Riigikantselei, lk 27
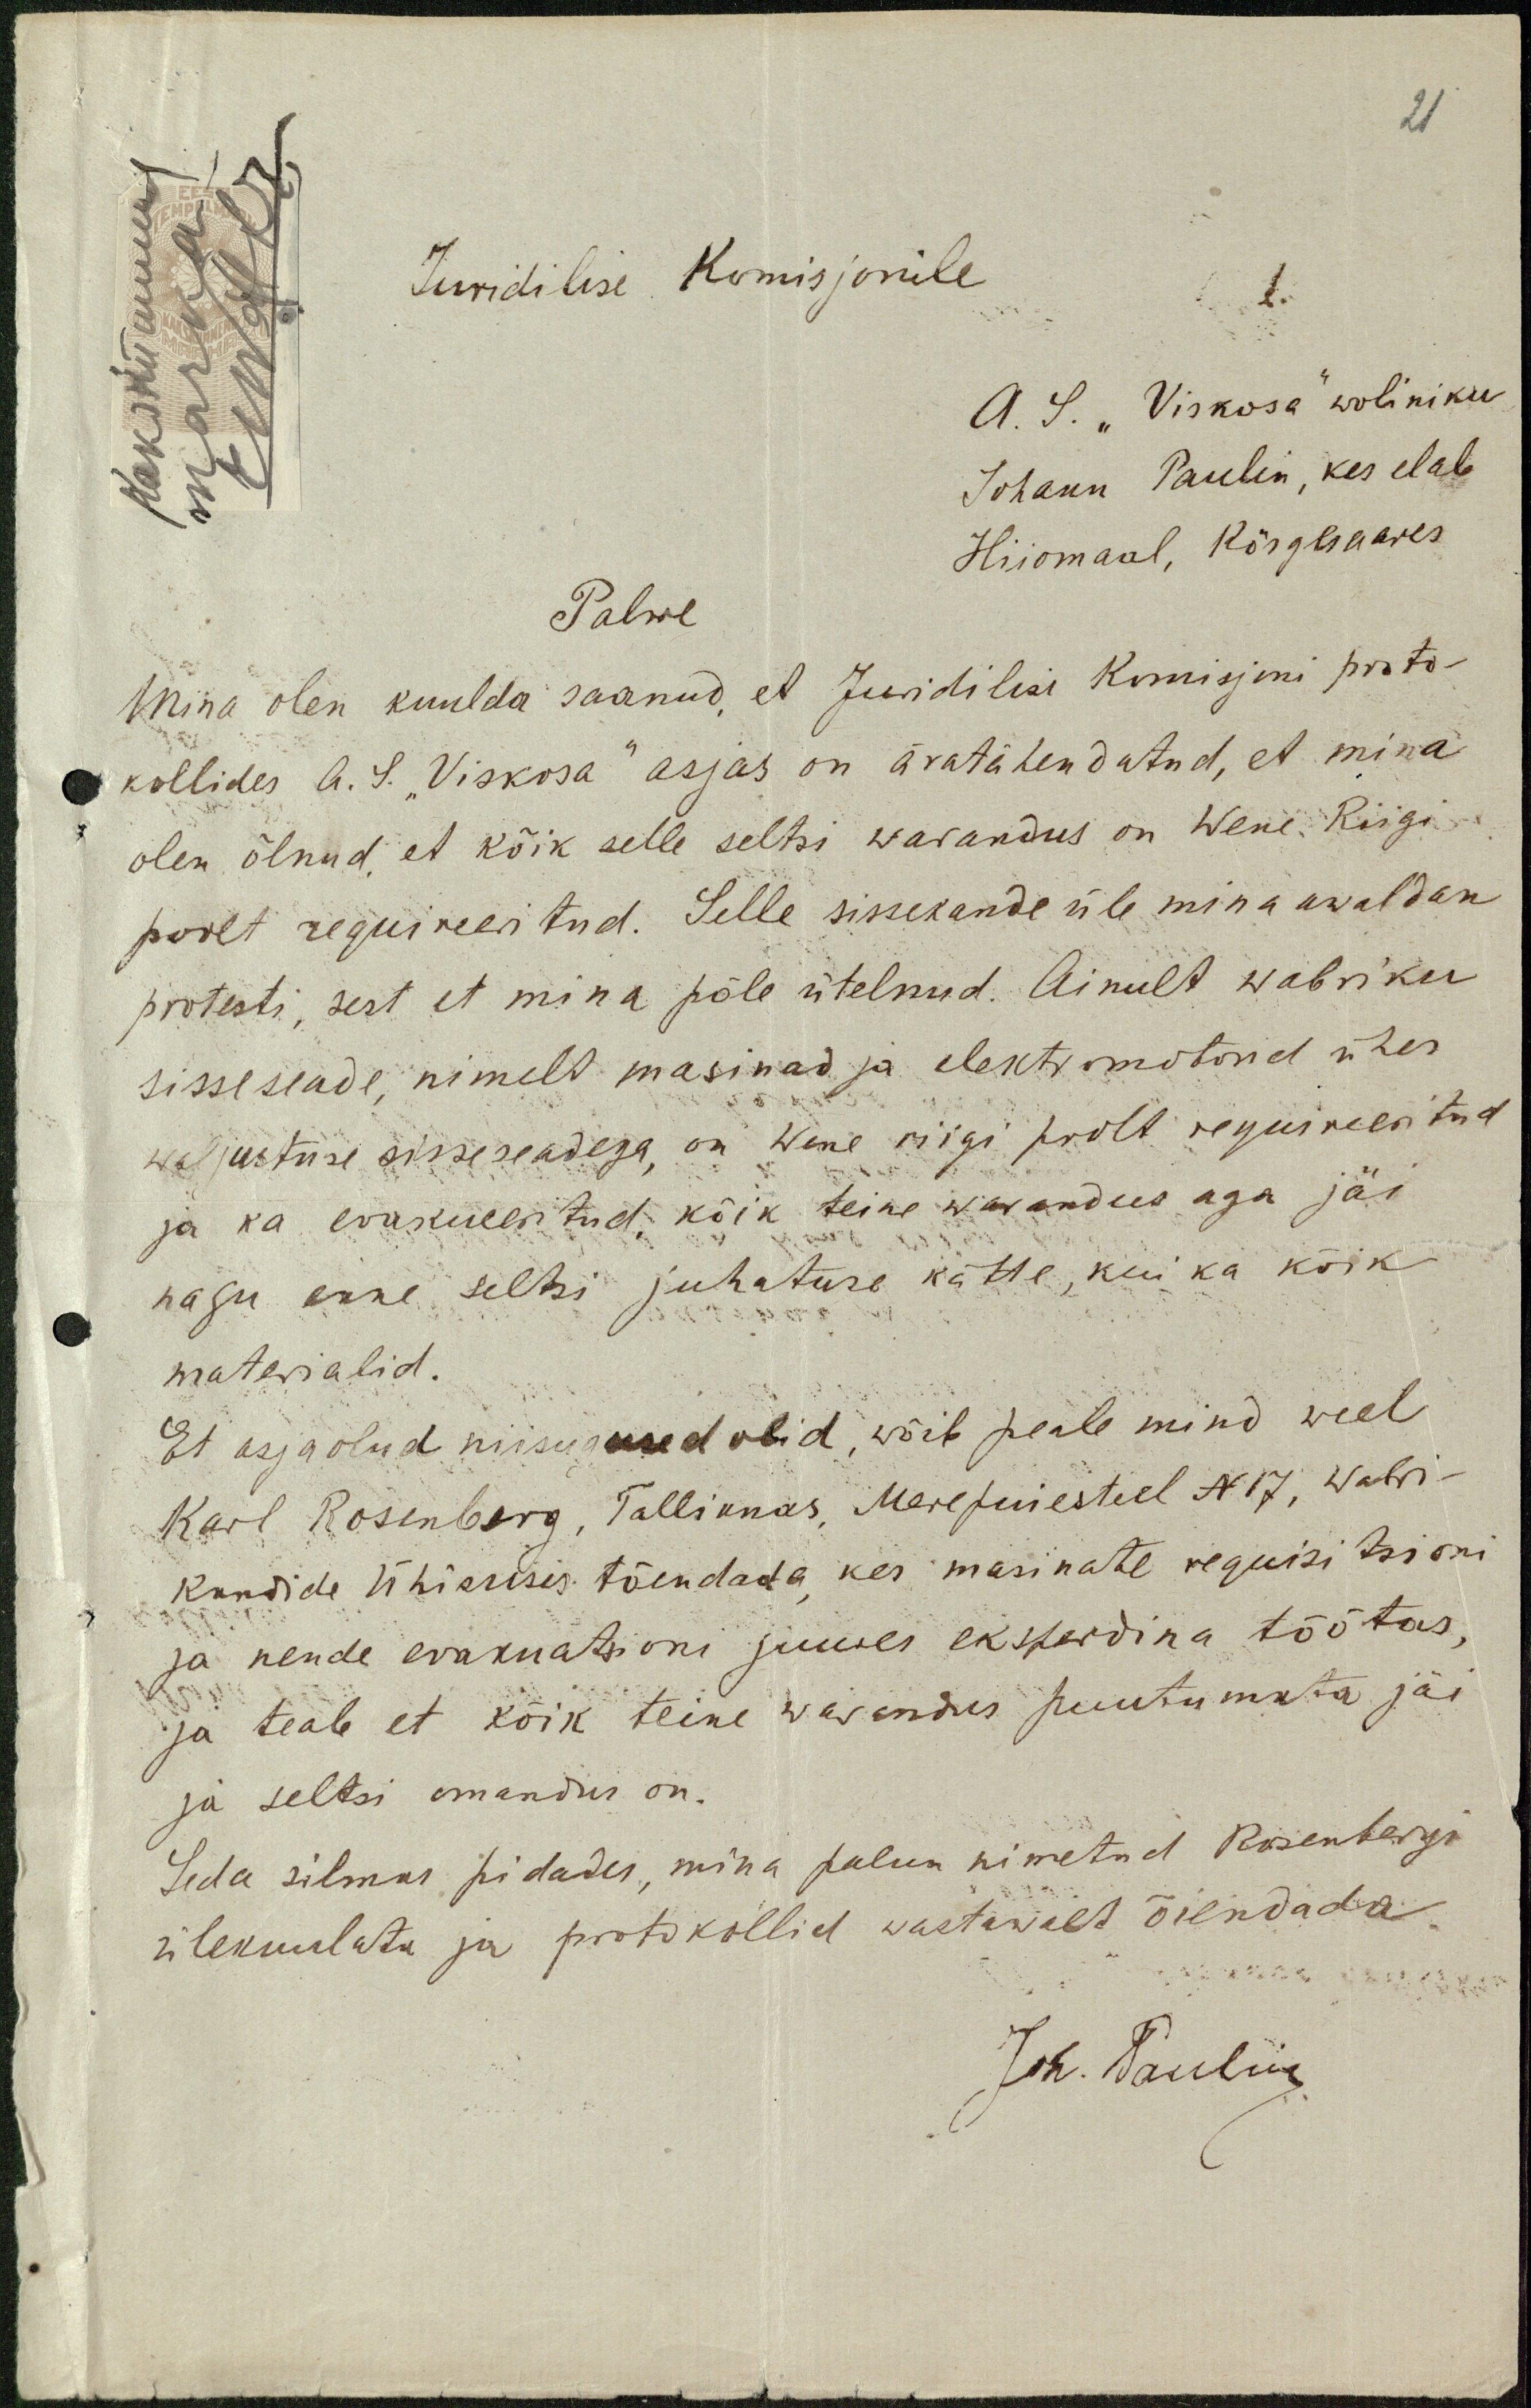
21
Kakskümmend
marka
wanadus
Juridilise Komisjonile
1.
A. S. "Viskosa" woliniku
Johann Paulin, kes elab
Hiiomaal, Kõrglsaares
Palwe
Mina olen kuulda saanud, et Juridilise Komisjoni proto-
kollides A. S. Viskosa" asjas on äratähendatud, et mina
olen ölnud, et kõik selle seltsi warandus on Wene Riigi
poolt requireeritud. Selle sissekande üle mina awaldan
protesti, sest et mina põle ütelnud. Ainult wabriku
sisseseade, nimelt masinad ja elektrimootorid ühes
waljustuse sisseseadega on Wene riigi poolt requireeritud
ja ka evakueeritud kõik teine warandus aga jäi
nagu enne seltsi juhatuse kätte, kui ka kõik
materialid.
Et asjaolud niisugused olid, wõib peale mind weel
Karl Rosenberg, Tallinnas, Merepuiesteel N 17, wabri-
kandide Ühisusis tõendada kes masinate requisitsioni
ja nende evakuatsioni juures eksperdina töötas
ja teab et kõik teine warandus puutumata jäi
ja seltsi omandis on.
Seda silmas pidades, mina palun nimetud Rosenbergi
ülekuulata ja protokollid wastawalt õiendada
Joh. Paulin